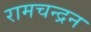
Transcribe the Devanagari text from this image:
रामचन्‍द्रन